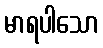
မာရပါသော